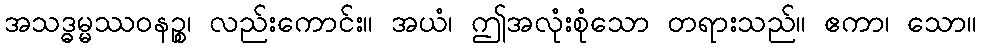
အသဒ္ဓမ္မဿဝနဉ္စ၊ လည်းကောင်း။ အယံ၊ ဤအလုံးစုံသော တရားသည်။ ဧကာ၊ သော။